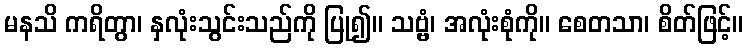
မနသိ ကရိတွာ၊ နှလုံးသွင်းသည်ကို ပြု၍။ သဗ္ဗံ၊ အလုံးစုံကို။ စေတသာ၊ စိတ်ဖြင့်။